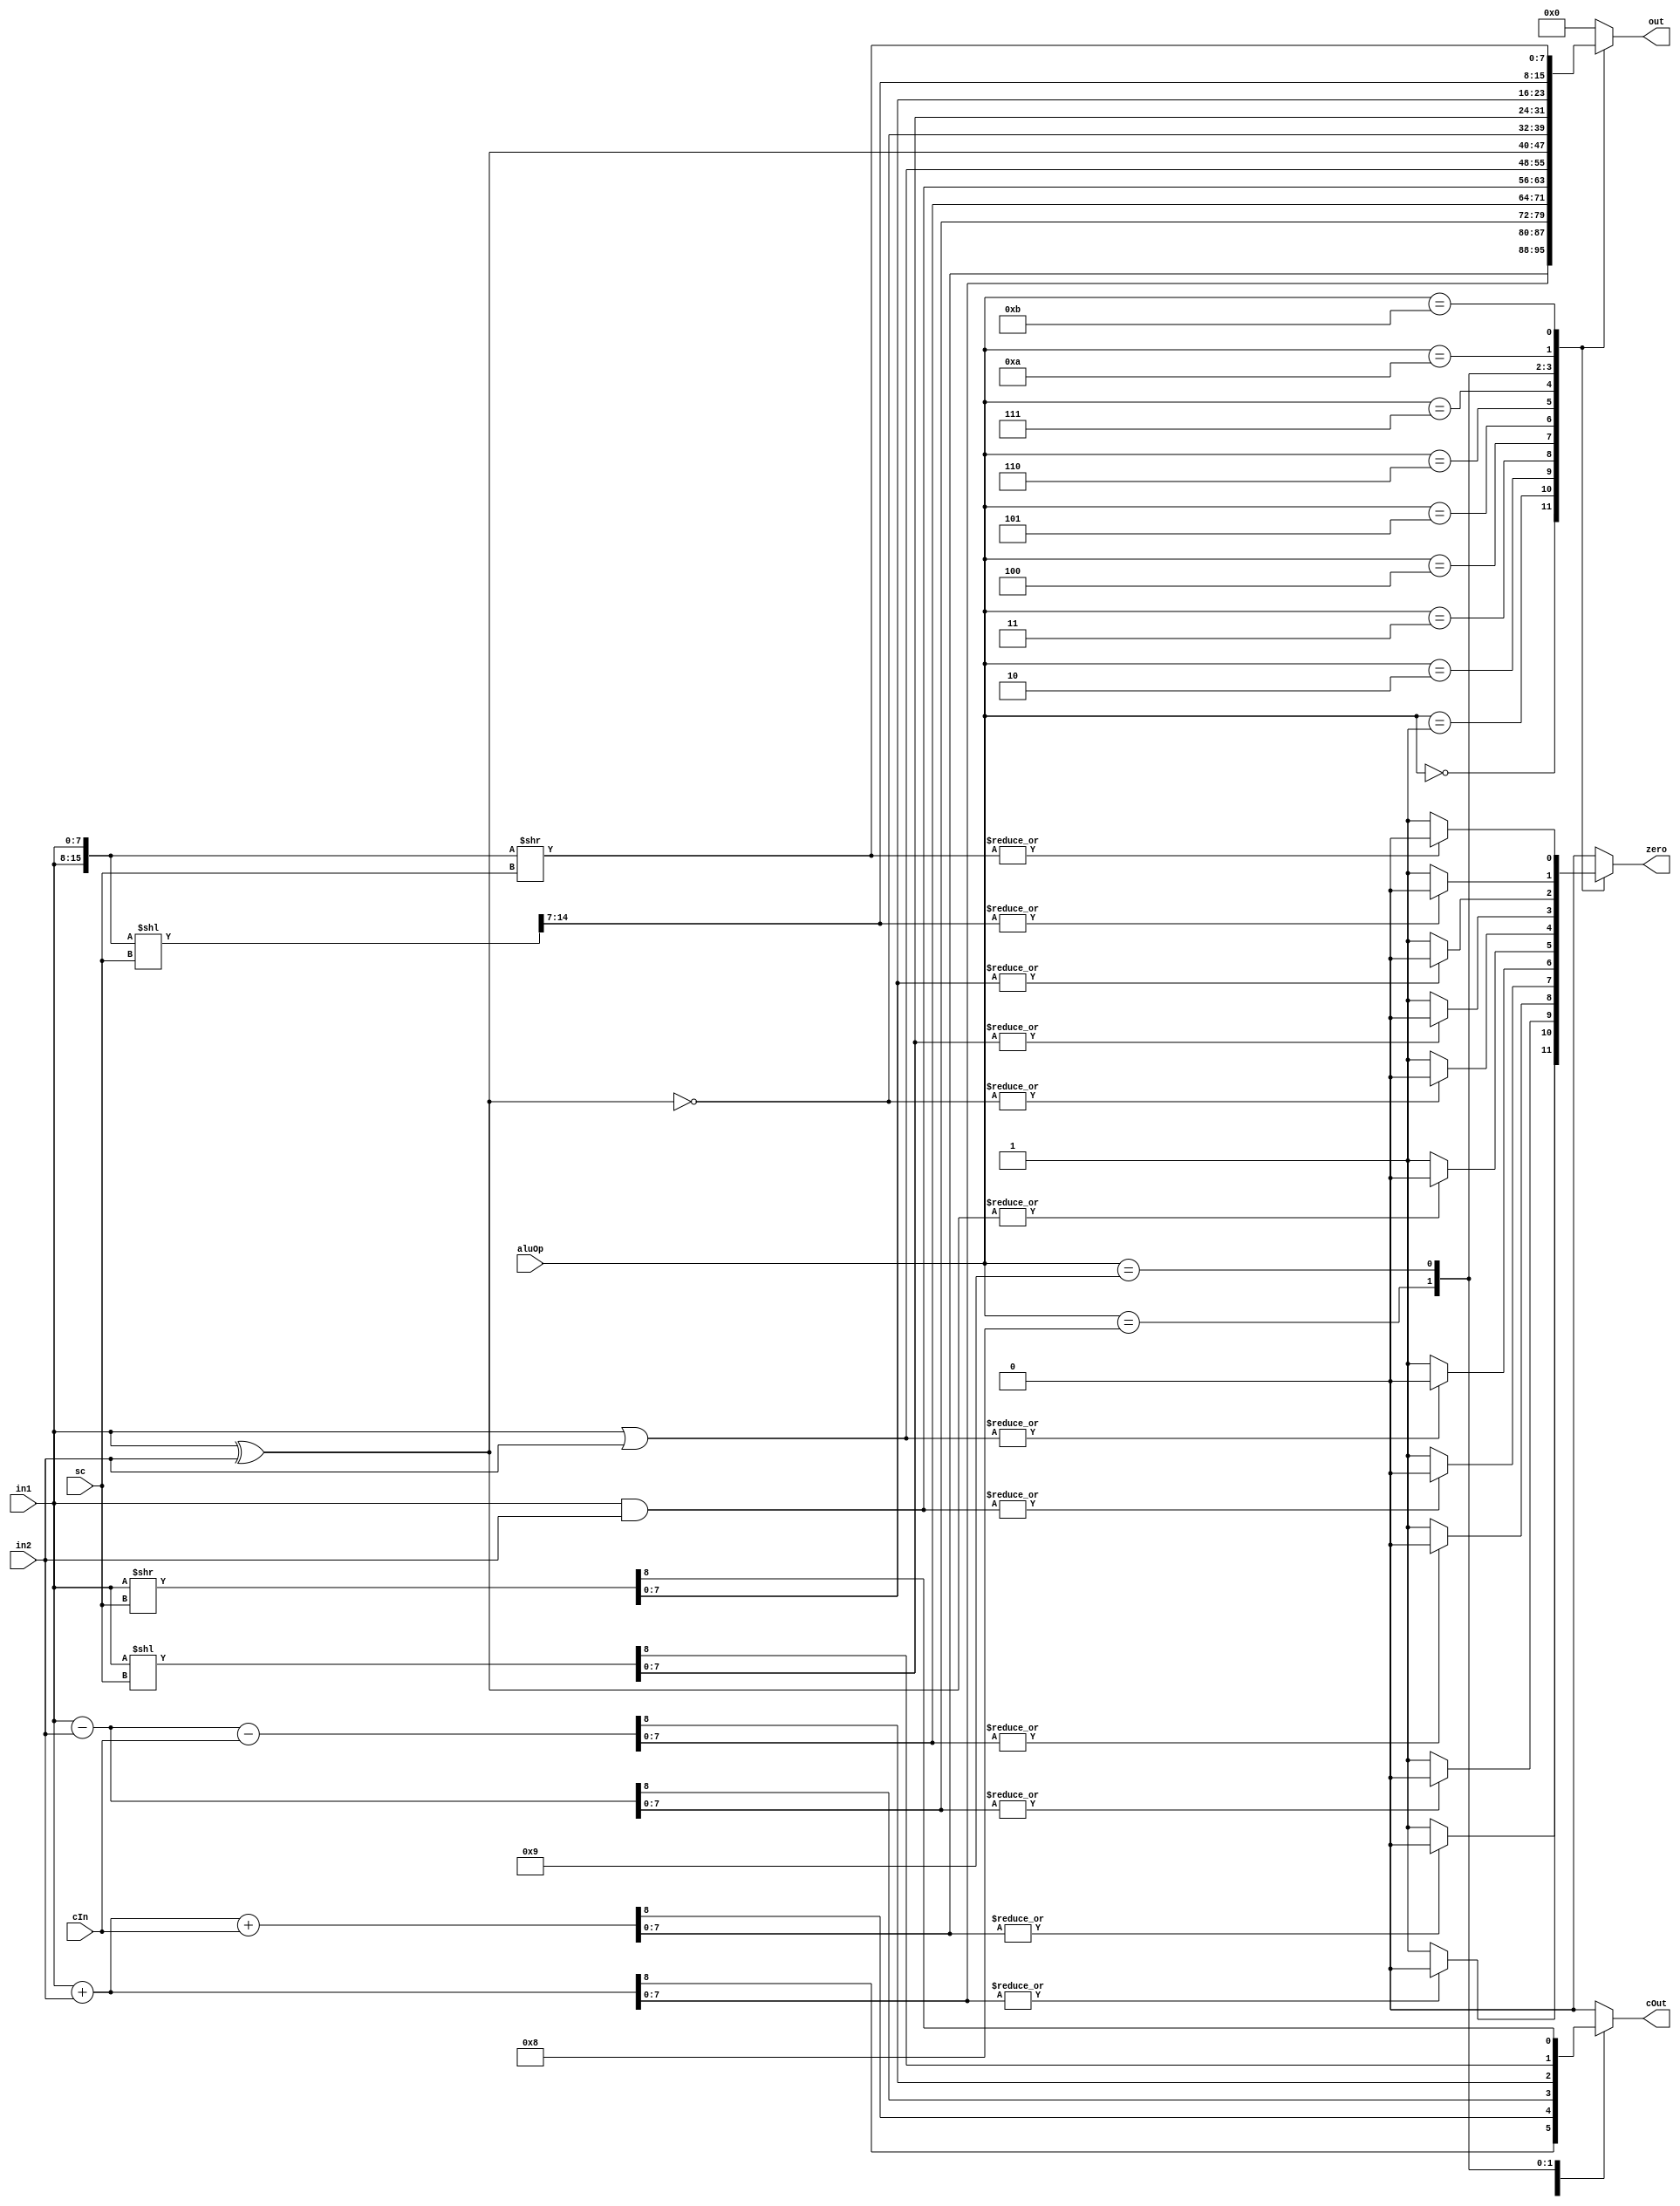
`timescale 1ns/1ns
module ALU(in1,in2,cIn,sc,aluOp,zero,cOut,out);
  input cIn;
  input [2:0]sc;
  input [3:0]aluOp;
  input [7:0]in1,in2;
  output reg zero;
  output reg cOut;
  output reg [7:0]out;
  wire [15:0]rightRotate;
  wire [15:0]leftRotate;

  assign rightRotate = {in1,in1} >> sc;
  assign leftRotate = {in1,in1} << sc;
  always@*begin
    case(aluOp)
      4'b0000 : begin {cOut,out} = in1+in2; zero = (|out) ? 0 : 1; end
      4'b0001 : begin {cOut,out} = in1+in2+cIn; zero = (|out) ? 0 : 1; end
      4'b0010 : begin {cOut,out} = in1-in2; zero = (|out) ? 0 : 1; end
      4'b0011 : begin {cOut,out} = in1-in2-cIn; zero = (|out) ? 0 : 1; end
      4'b0100 : begin out = (in1&in2); cOut = 1'b0; zero = (|out) ? 0 : 1; end
      4'b0101 : begin out = (in1|in2); cOut = 1'b0; zero = (|out) ? 0 : 1; end
      4'b0110 : begin out = (in1^in2); cOut = 1'b0; zero = (|out) ? 0 : 1; end
      4'b0111 : begin out = ~(in1^in2); cOut = 1'b0; zero = (|out) ? 0 : 1; end
      4'b1000 : begin {cOut,out} = in1 << sc; zero = (|out) ? 0 : 1; end
      4'b1001 : begin {cOut,out} = in1 >> sc; zero = (|out) ? 0 : 1; end
      4'b1010 : begin out = leftRotate[15:7]; cOut = 1'b0; zero = (|out) ? 0 : 1; end
      4'b1011 : begin out = rightRotate[7:0]; cOut = 1'b0; zero = (|out) ? 0 : 1; end
      default : begin out = 0; cOut = 0; zero = 0; end
    endcase
  end
endmodule